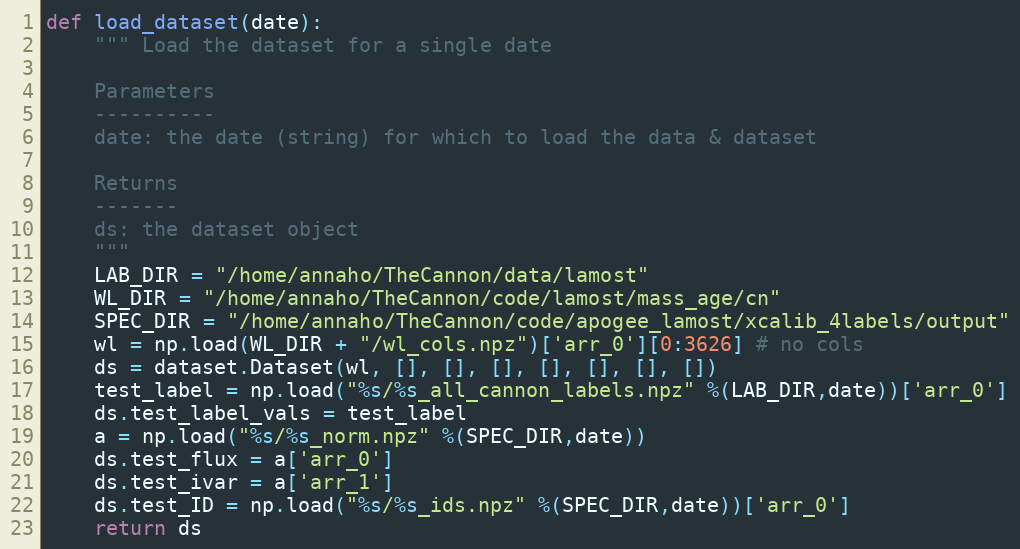
Language: Python
def load_dataset(date):
    """ Load the dataset for a single date

    Parameters
    ----------
    date: the date (string) for which to load the data & dataset

    Returns
    -------
    ds: the dataset object
    """
    LAB_DIR = "/home/annaho/TheCannon/data/lamost"
    WL_DIR = "/home/annaho/TheCannon/code/lamost/mass_age/cn"
    SPEC_DIR = "/home/annaho/TheCannon/code/apogee_lamost/xcalib_4labels/output"
    wl = np.load(WL_DIR + "/wl_cols.npz")['arr_0'][0:3626] # no cols
    ds = dataset.Dataset(wl, [], [], [], [], [], [], [])
    test_label = np.load("%s/%s_all_cannon_labels.npz" %(LAB_DIR,date))['arr_0']
    ds.test_label_vals = test_label
    a = np.load("%s/%s_norm.npz" %(SPEC_DIR,date))
    ds.test_flux = a['arr_0']
    ds.test_ivar = a['arr_1']
    ds.test_ID = np.load("%s/%s_ids.npz" %(SPEC_DIR,date))['arr_0']
    return ds